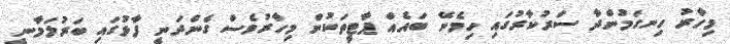
މިހާރު ހިނގަމުންދާ ސަރުކާރުގައި ހިމެނޭ ބައެއް ޕާޓީތަކުން މިހާރުވެސް ގެންދަނީ ފާޅުގައި ބަރުލަމާނީ